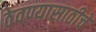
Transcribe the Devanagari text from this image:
ठेवण्यासाठीचे